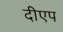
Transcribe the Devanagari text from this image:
दीएप